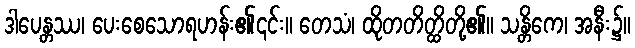
ဒါပေန္တဿ၊ ပေးစေသောရဟန်း၏၎င်း။ တေသံ၊ ထိုတတိတ္ထိတို့၏။ သန္တိကေ၊ အနီး၌။